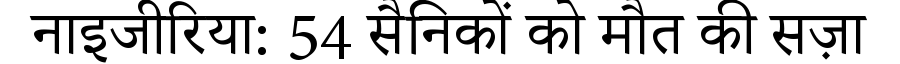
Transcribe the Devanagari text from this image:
नाइजीरिया: 54 सैनिकों को मौत की सज़ा